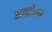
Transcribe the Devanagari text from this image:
अक्टोपस